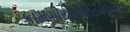
કામગીરીયોજનાઓસરદાર